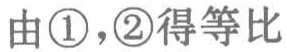
由\textcircled{1}，\textcircled{2}得等比